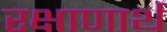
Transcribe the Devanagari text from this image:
रक्षाणार्थ